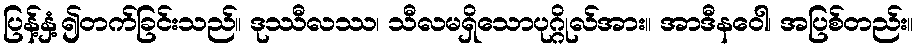
ပြန့်နှံ့၍တက်ခြင်းသည်။ ဒုဿီလဿ၊ သီလမရှိသောပုဂ္ဂိုလ်အား။ အာဒီနဝေါ၊ အပြစ်တည်း။